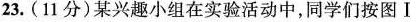
23.(11分)某兴趣小组在实验活动中，同学们按图Ⅰ